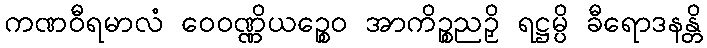
ကဏဝီရမာလံ ဝေဝဏ္ဏိယဉ္စေဝ အာကိဉ္စညဉှိ ရဋ္ဌမ္ပိ ခီရောဒနန္တိ